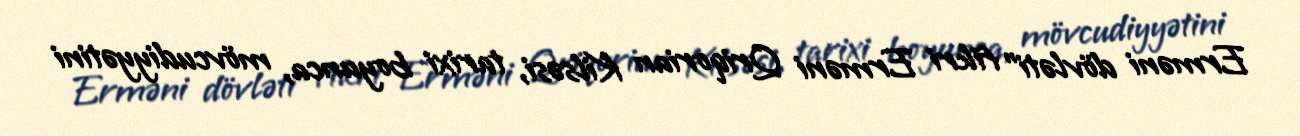
Erməni dövləti" fikri Erməni Qriqorian Kilsəsi, tarixi boyunca, mövcudiyyətini